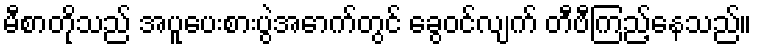
မီစာတိုသည် အပူပေးစားပွဲအောက်တွင် ခွေဝင်လျက် တီဗီကြည့်နေသည်။